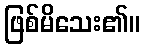
ဖြစ်မိသေး၏။